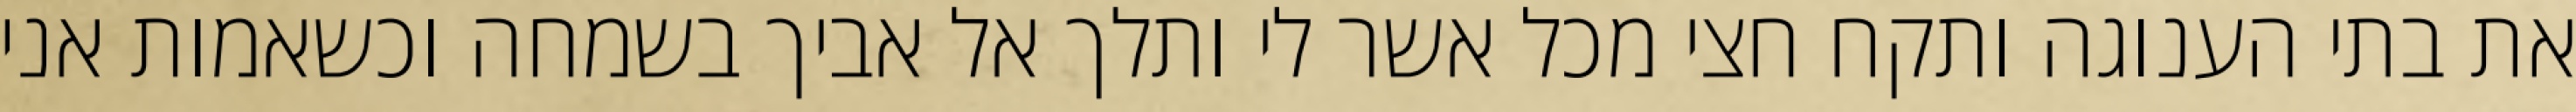
את בתי הענוגה ותקח חצי מכל אשר לי ותלך אל אביך בשמחה וכשאמות אני